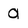
Character: a